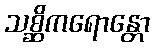
သစ္ဆိကရောန္တော